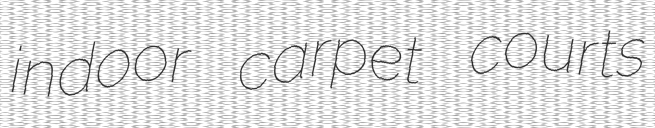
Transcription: indoor carpet courts